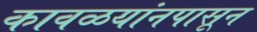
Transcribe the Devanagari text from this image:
कावळयांनपासून